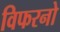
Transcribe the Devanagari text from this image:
विफरनो